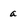
Character: a